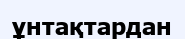
ұнтақтардан